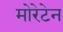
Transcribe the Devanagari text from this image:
मोरेटेन